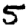
Digit: 5